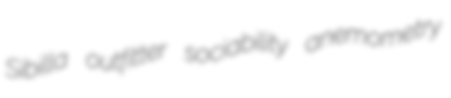
Sibilla outfitter sociability anemometry